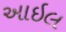
આઇલ